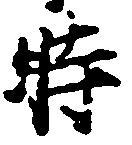
時